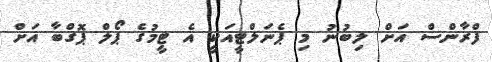
ފްރާންސް އަށް ލިބުނު މި ޕެނަލްޓީއަކީ އެ ޓީމުގެ ޕޯލް ޕޮގްބާ އަށް